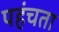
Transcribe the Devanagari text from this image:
पहंचता